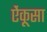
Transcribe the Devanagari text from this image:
ऐंकूसा